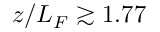
z / L _ { F } \gtrsim 1 . 7 7